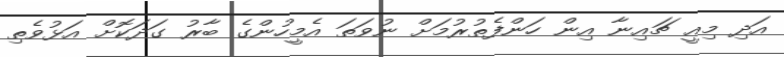
އަދި މިއީ ޗައިނާ އިން ހަންފެތުރުމަށް ނުވަތަ އެމީހުންގެ ބާރު ގަދަކޮށް އަޅުވެތި